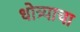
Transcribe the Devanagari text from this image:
धोत्र्याचा